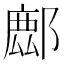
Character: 𨝧